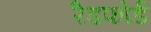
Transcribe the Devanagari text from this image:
रैडफोर्ड